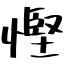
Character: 慳